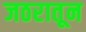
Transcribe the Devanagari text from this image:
जठरातून